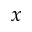
x